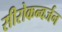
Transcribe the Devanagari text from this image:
सीरोकन्वर्जन